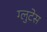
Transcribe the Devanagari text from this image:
ग्लुटेस